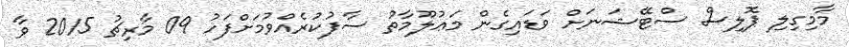
މާމިގިލި ޕޮލިސް ސްޓޭޝަނަށް ވަޑައިގެން މަޢުލޫމާތު ސާފުކުރެއްވުމަށްފަހު 09 މާރިޗު 2015 ވާ